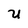
Character: U